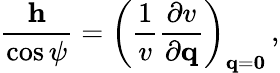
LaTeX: \frac{{\mathbf h}}{\cos\psi}=\left(\frac{1}{v}\frac{\partial v}{\partial{\mathbf q}}\right)_{{\mathbf q}={\mathbf 0}}\, ,